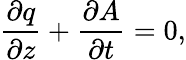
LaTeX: \frac{\partial q}{\partial z}+\frac{\partial A}{\partial t}=0,